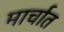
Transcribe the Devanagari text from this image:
मार्चात